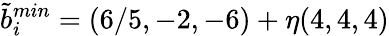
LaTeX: \tilde{b}_{i}^{min}=(6/5,-2,-6)+\eta(4,4,4)